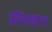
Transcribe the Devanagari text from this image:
प्रतिपाद्यन्त्त